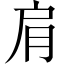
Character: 肩